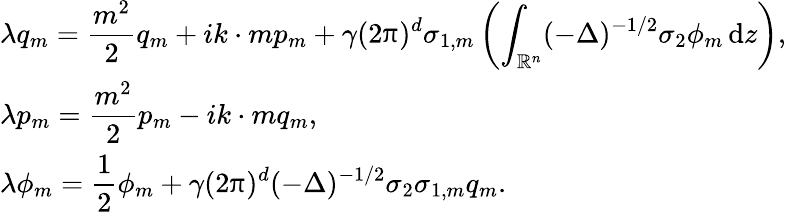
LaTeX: \begin{array}{l}{\lambda q_{m}=\displaystyle\frac{m^{2}}{2}q_{m}+ik\cdot mp_{m}+\gamma(2\uppi)^{d}\sigma_{1,m}\left(\displaystyle\int_{\mathbb R^{n}}(-\Delta)^{-1/2}\sigma_{2}\phi_{m}\, {\mathrm{d}}z\right),}\\ {\lambda p_{m}=\displaystyle\frac{m^{2}}2p_{m}-ik\cdot mq_{m},}\\ {\lambda\phi_{m}=\displaystyle\frac 12\phi_{m}+\gamma(2\uppi)^{d}(-\Delta)^{-1/2}\sigma_{2}\sigma_{1,m}q_{m}.}\end{array}